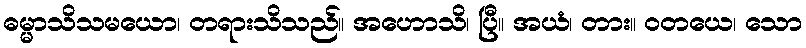
ဓမ္မာသိသမယော၊ တရားသိသည်။ အဟောသိ၊ ပြီ။ အယံ၊ တား။ ဝတယေ၊ သော